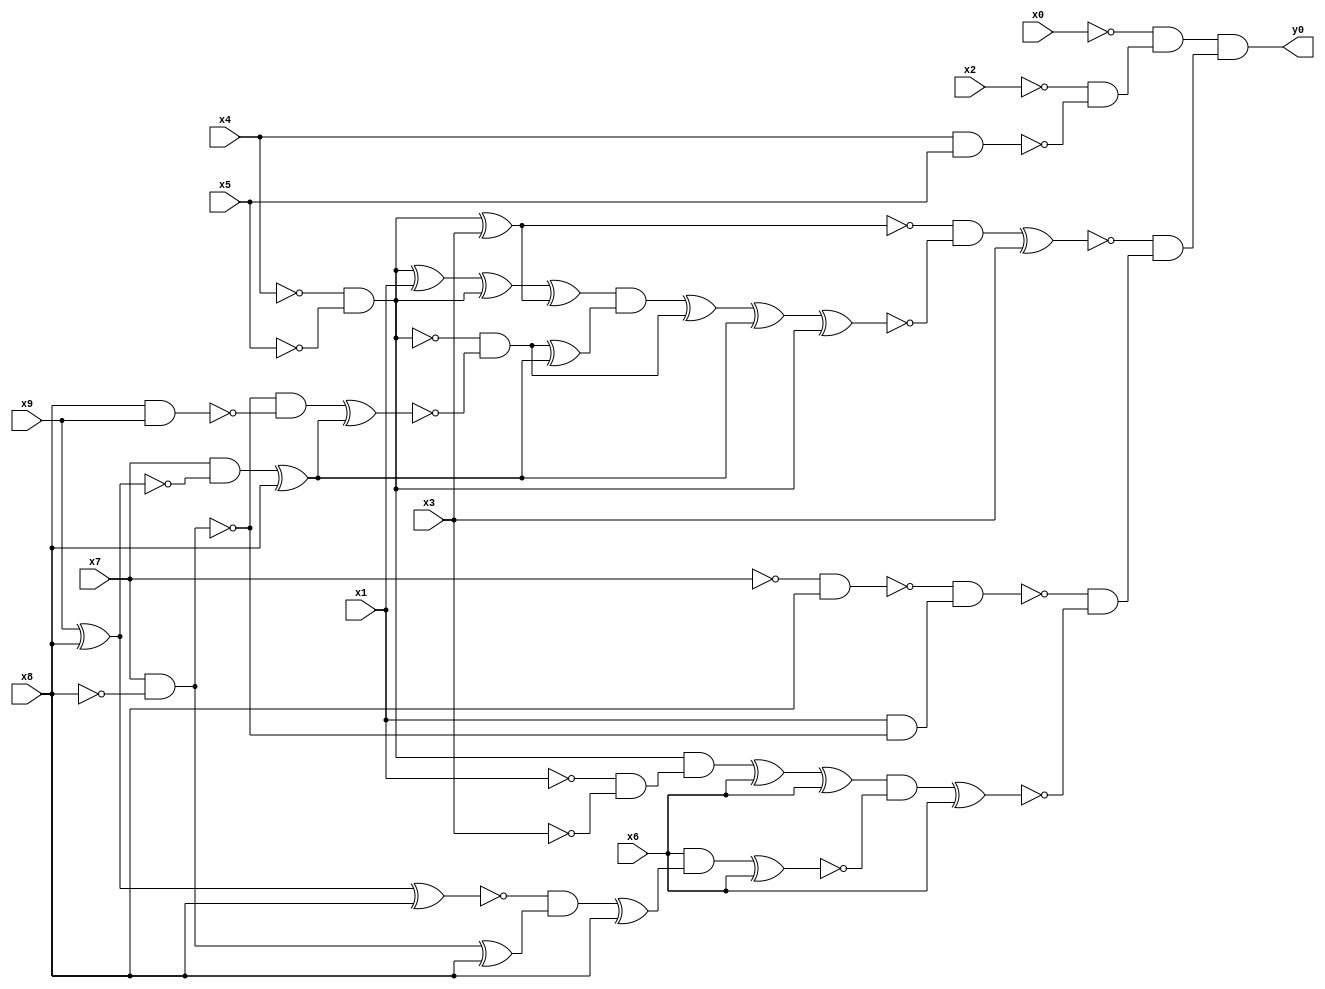
module top( x0 , x1 , x2 , x3 , x4 , x5 , x6 , x7 , x8 , x9 , y0 );
  input x0 , x1 , x2 , x3 , x4 , x5 , x6 , x7 , x8 , x9 ;
  output y0 ;
  wire n11 , n12 , n13 , n14 , n15 , n16 , n17 , n18 , n19 , n20 , n21 , n22 , n23 , n24 , n25 , n26 , n27 , n28 , n29 , n30 , n31 , n32 , n33 , n34 , n35 , n36 , n37 , n38 , n39 , n40 , n41 , n42 , n43 , n44 , n45 , n46 , n47 , n48 , n49 , n50 , n51 ;
  assign n11 = x4 & x5 ;
  assign n12 = ~x2 & ~n11 ;
  assign n13 = ~x0 & n12 ;
  assign n14 = ~x4 & ~x5 ;
  assign n15 = n14 ^ x3 ;
  assign n16 = n14 ^ x1 ;
  assign n17 = n16 ^ n14 ;
  assign n18 = n17 ^ n15 ;
  assign n22 = x7 & ~x8 ;
  assign n23 = x8 & x9 ;
  assign n24 = ~n22 & ~n23 ;
  assign n19 = x9 ^ x8 ;
  assign n20 = x7 & ~n19 ;
  assign n21 = n20 ^ x8 ;
  assign n25 = n24 ^ n21 ;
  assign n26 = ~n14 & ~n25 ;
  assign n27 = n26 ^ n21 ;
  assign n28 = n18 & n27 ;
  assign n29 = n28 ^ n26 ;
  assign n30 = n29 ^ n21 ;
  assign n31 = n30 ^ n14 ;
  assign n32 = ~n15 & ~n31 ;
  assign n33 = n32 ^ x3 ;
  assign n34 = ~x7 & x8 ;
  assign n35 = x1 & ~n22 ;
  assign n36 = ~n34 & n35 ;
  assign n37 = ~x1 & ~x3 ;
  assign n38 = n14 & n37 ;
  assign n39 = n38 ^ x6 ;
  assign n40 = n39 ^ x6 ;
  assign n41 = n19 ^ x8 ;
  assign n42 = n22 ^ x8 ;
  assign n43 = ~n41 & n42 ;
  assign n44 = n43 ^ x8 ;
  assign n45 = x6 & n44 ;
  assign n46 = n45 ^ x6 ;
  assign n47 = n40 & ~n46 ;
  assign n48 = n47 ^ x6 ;
  assign n49 = ~n36 & ~n48 ;
  assign n50 = ~n33 & n49 ;
  assign n51 = n13 & n50 ;
  assign y0 = n51 ;
endmodule